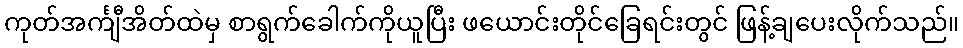
ကုတ်အင်္ကျီအိတ်ထဲမှ စာရွက်ခေါက်ကိုယူပြီး ဖယောင်းတိုင်ခြေရင်းတွင် ဖြန့်ချပေးလိုက်သည်။